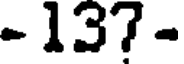
- 137 -